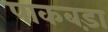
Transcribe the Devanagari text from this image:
पाकबड़ा